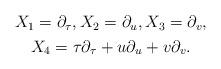
LaTeX: \begin{align*}\begin{gathered}X_{1} = \partial_{\tau}, X_{2} = \partial_{u}, X_{3} =\partial_{v},\\X_{4} = \tau \partial_{\tau} + u \partial_{u}+v \partial_{v}.\end{gathered}\end{align*}